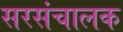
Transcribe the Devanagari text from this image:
सरसंचालक